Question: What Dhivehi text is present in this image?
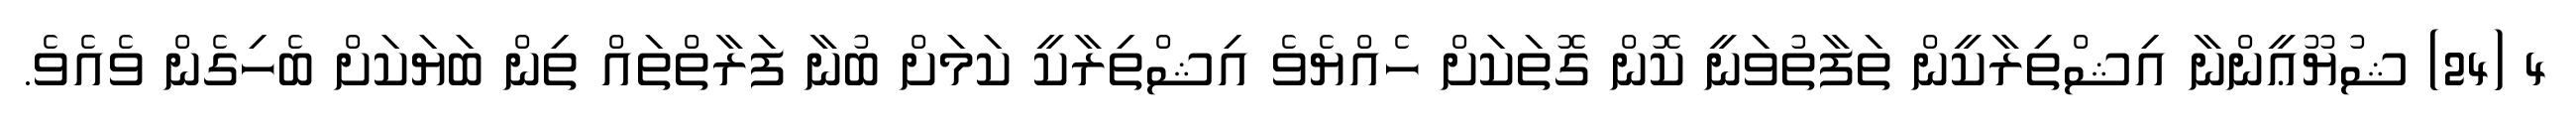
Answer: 4 (24) ޝުޔޫޢީންނާ އިޝްތިރާކީން ތަފާތުވަނީ ކޮން ގޮތަކަށް ހެއްޔެވެ އިޝްތިރާކީ ކަމަށް ބުނާ ފަރާތްތައް ތިން ބަޔަކަށް ބެހިގެން ވެއެވެ.